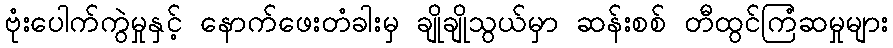
ဗုံးပေါက်ကွဲမှုနှင့် နောက်ဖေးတံခါးမှ ချိုချိုသွယ်မှာ ဆန်းစစ် တီထွင်ကြံဆမှုများ